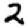
Digit: 2